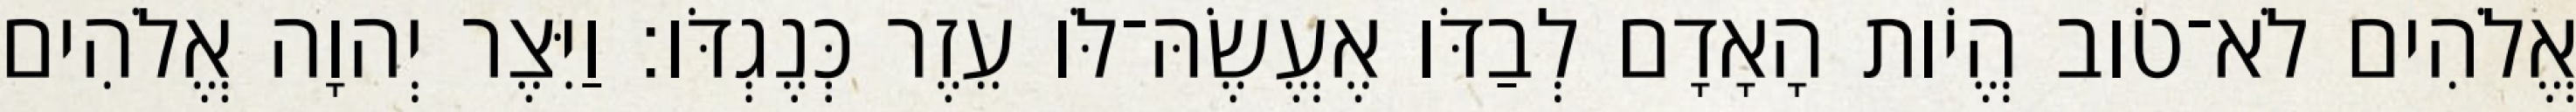
אֱלֹהִים לֹא־טֹוב הֱיֹות הָאָדָם לְבַדֹּו אֶעֱשֶׂהּ־לֹּו עֵזֶר כְּנֶגְדֹּו׃ וַיִּצֶר יְהוָה אֱלֹהִים